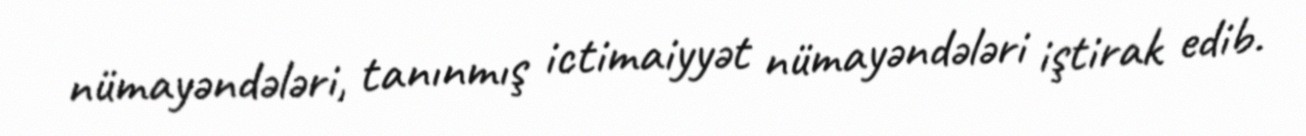
nümayəndələri, tanınmış ictimaiyyət nümayəndələri iştirak edib.